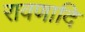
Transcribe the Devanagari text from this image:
रावणादि